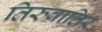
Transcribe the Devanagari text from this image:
तिरुवातिर